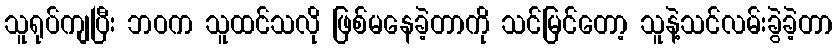
သူရုပ်ကျပြီး ဘဝက သူထင်သလို ဖြစ်မနေခဲ့တာကို သင်မြင်တော့ သူနဲ့သင်လမ်းခွဲခဲ့တာ